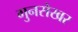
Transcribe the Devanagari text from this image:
गुनसेखर